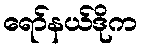
ရော်နယ်ဒိုက